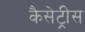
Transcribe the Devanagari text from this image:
कैसेट्रीस